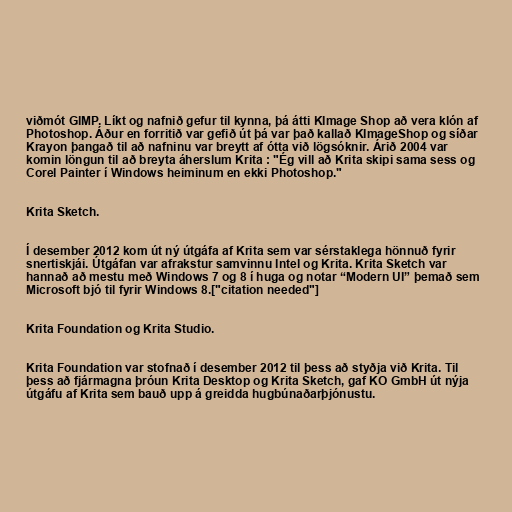
viðmót GIMP. Líkt og nafnið gefur til kynna, þá átti KImage Shop að vera klón af
Photoshop. Áður en forritið var gefið út þá var það kallað KImageShop og síðar
Krayon þangað til að nafninu var breytt af ótta við lögsóknir. Árið 2004 var
komin löngun til að breyta áherslum Krita : "Ég vill að Krita skipi sama sess og
Corel Painter í Windows heiminum en ekki Photoshop."

Krita Sketch.

Í desember 2012 kom út ný útgáfa af Krita sem var sérstaklega hönnuð fyrir
snertiskjái. Útgáfan var afrakstur samvinnu Intel og Krita. Krita Sketch var
hannað að mestu með Windows 7 og 8 í huga og notar “Modern UI” þemað sem
Microsoft bjó til fyrir Windows 8.["citation needed"]

Krita Foundation og Krita Studio.

Krita Foundation var stofnað í desember 2012 til þess að styðja við Krita. Til
þess að fjármagna þróun Krita Desktop og Krita Sketch, gaf KO GmbH út nýja
útgáfu af Krita sem bauð upp á greidda hugbúnaðarþjónustu.